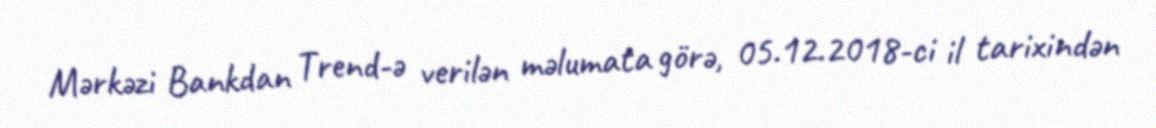
Mərkəzi Bankdan Trend-ə verilən məlumata görə, 05.12.2018-ci il tarixindən